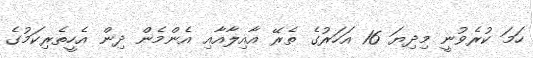
ހަމަ ކުރެވުނީ މިދިޔަ 16 އަހަރުގެ ތެރޭ އާއިލާއާއި އެންމެން ދިން އެހީތެރިކަމުގެ